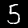
Digit: 5